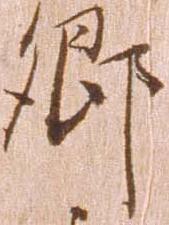
郷